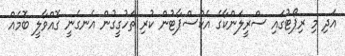
އަދި މި ރިޕޯޓުގައި ސްރީލަންކާގެ އެކްސްޕާޓުން ކުރި ތަހުގީގުން އެނގެނީ ގޮއްވާލީ ބޮމެއް